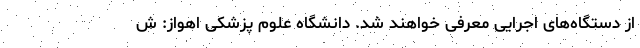
از دستگاه‌های اجرایی معرفی خواهند شد. دانشگاه علوم پزشکی اهواز: ش